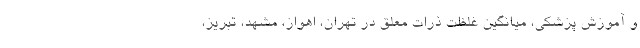
و آموزش پزشکی، میانگین غلظت ذرات معلق در تهران، اهواز، مشهد، تبریز،